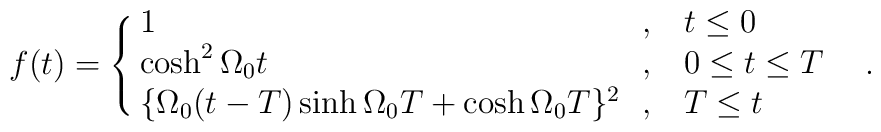
f(t) = \cases{1\hfill \ \ , & $ t \leq 0 $ \cr		\cosh^2\Omega_0 t \hfill \ \ , & $ 0 \leq t \leq T$ \cr		\{\Omega_0 (t -T) \sinh \Omega_0 T + \cosh \Omega_0		T\}^2 \hfill \ \ , & $T\leq t$ \cr} \ \ .